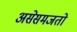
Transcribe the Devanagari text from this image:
असेसमजतो